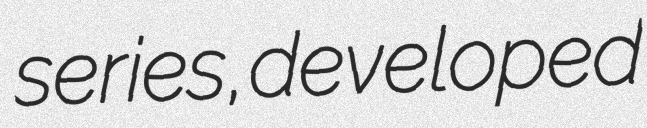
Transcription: series, developed